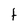
Character: t